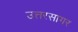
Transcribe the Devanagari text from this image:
उत्तरसागर